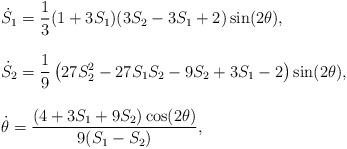
LaTeX: \begin{align*}\begin{array}{l}\dot{S}_1=\displaystyle{\frac{1}{3}(1+3S_1)(3S_2-3S_1+2)\sin(2\theta)},\\\\\dot{S}_2=\displaystyle{\frac{1}{9} \left(27 S_2^2-27 S_1S_2-9S_2+3 S_1-2\right)\sin(2\theta)},\\\\\dot{\theta}=\displaystyle{\frac{(4+3S_1+9S_2)\cos(2\theta)}{9(S_1-S_2)}},\end{array}\end{align*}